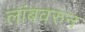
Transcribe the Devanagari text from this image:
लांबवरुन